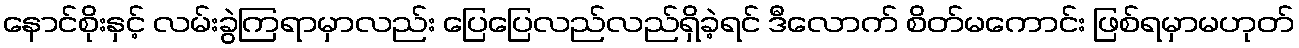
နောင်စိုးနှင့် လမ်းခွဲကြရာမှာလည်း ပြေပြေလည်လည်ရှိခဲ့ရင် ဒီလောက် စိတ်မကောင်း ဖြစ်ရမှာမဟုတ်